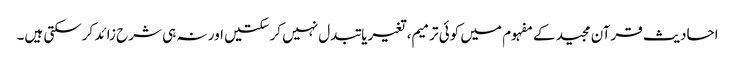
احادیث قرآن مجید کے مفہوم میں کوئی ترمیم، تغیریا تبدل نہیں کرسکتیں اور نہ ہی شرح زائد کرسکتی ہیں۔